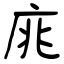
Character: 庣